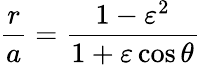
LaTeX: {\frac{r}{a}}={\frac{1-\varepsilon^{2}}{1+\varepsilon\cos\theta}}